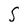
Character: S